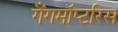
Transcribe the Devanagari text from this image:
गैंगमॉप्टरिस